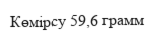
Көмірсу 59,6 грамм